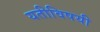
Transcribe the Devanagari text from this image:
यतीविषयी